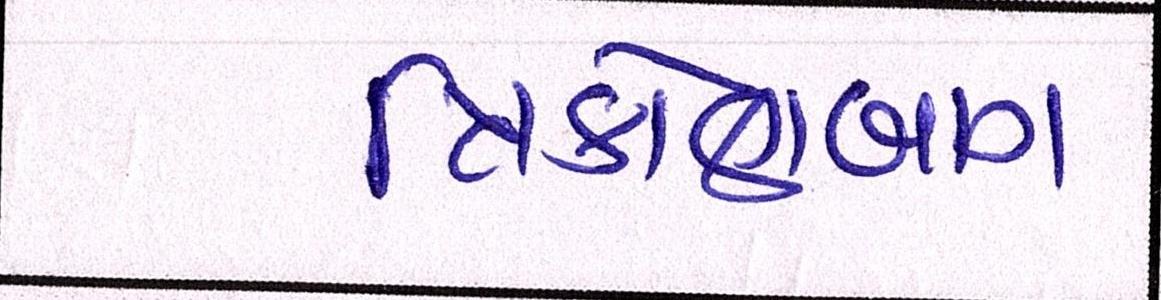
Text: ત્રિકોણબાગ